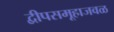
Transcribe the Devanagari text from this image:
द्वीपसमूहाजवळ